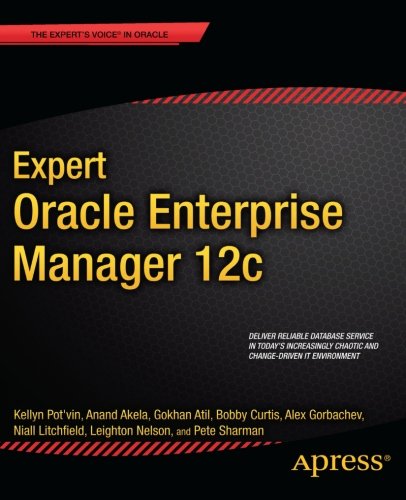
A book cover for Expert Oracle Enterprise Manager 12c; Kellyn Pot'Vin; Computers & Technology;